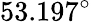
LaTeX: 53.197^{\circ}